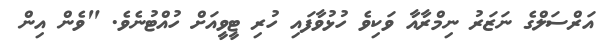
އަރްސަލްގެ ނަޒަރު ނިމްރާއާ ވަކިވެ ހުޅުވާފައި ހުރި ޓީވީއަށް ހުއްޓުނެވެ. "ވެން އިން